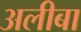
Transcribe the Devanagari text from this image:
अलीबा